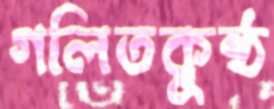
গলিতকুষ্ঠ